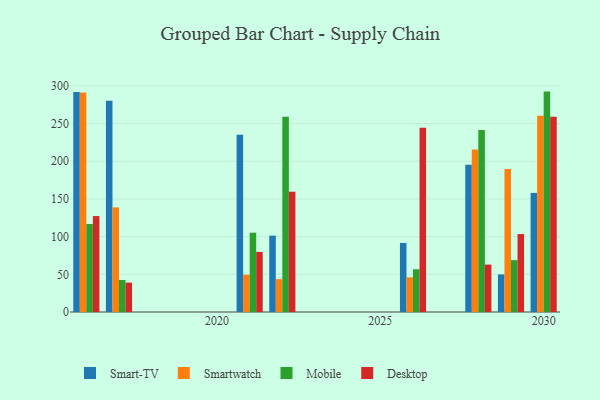
{"axis": {"x": "Year", "y": "Inventory Turnover"}, "legend": ["Desktop", "Mobile", "Smart-TV", "Smartwatch"], "data": [{"x": "2016", "y": 292.0, "type": "Smart-TV"}, {"x": "2016", "y": 291.3, "type": "Smartwatch"}, {"x": "2016", "y": 116.7, "type": "Mobile"}, {"x": "2016", "y": 127.3, "type": "Desktop"}, {"x": "2021", "y": 235.3, "type": "Smart-TV"}, {"x": "2021", "y": 49.5, "type": "Smartwatch"}, {"x": "2021", "y": 105.2, "type": "Mobile"}, {"x": "2021", "y": 79.6, "type": "Desktop"}, {"x": "2028", "y": 195.2, "type": "Smart-TV"}, {"x": "2028", "y": 215.5, "type": "Smartwatch"}, {"x": "2028", "y": 241.5, "type": "Mobile"}, {"x": "2028", "y": 62.9, "type": "Desktop"}, {"x": "2017", "y": 280.1, "type": "Smart-TV"}, {"x": "2017", "y": 138.8, "type": "Smartwatch"}, {"x": "2017", "y": 42.4, "type": "Mobile"}, {"x": "2017", "y": 39.0, "type": "Desktop"}, {"x": "2029", "y": 49.9, "type": "Smart-TV"}, {"x": "2029", "y": 189.8, "type": "Smartwatch"}, {"x": "2029", "y": 68.8, "type": "Mobile"}, {"x": "2029", "y": 103.4, "type": "Desktop"}, {"x": "2026", "y": 91.6, "type": "Smart-TV"}, {"x": "2026", "y": 46.0, "type": "Smartwatch"}, {"x": "2026", "y": 56.7, "type": "Mobile"}, {"x": "2026", "y": 244.6, "type": "Desktop"}, {"x": "2030", "y": 158.0, "type": "Smart-TV"}, {"x": "2030", "y": 260.4, "type": "Smartwatch"}, {"x": "2030", "y": 292.4, "type": "Mobile"}, {"x": "2030", "y": 258.9, "type": "Desktop"}, {"x": "2022", "y": 101.3, "type": "Smart-TV"}, {"x": "2022", "y": 43.6, "type": "Smartwatch"}, {"x": "2022", "y": 259.0, "type": "Mobile"}, {"x": "2022", "y": 159.6, "type": "Desktop"}]}